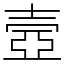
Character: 壼